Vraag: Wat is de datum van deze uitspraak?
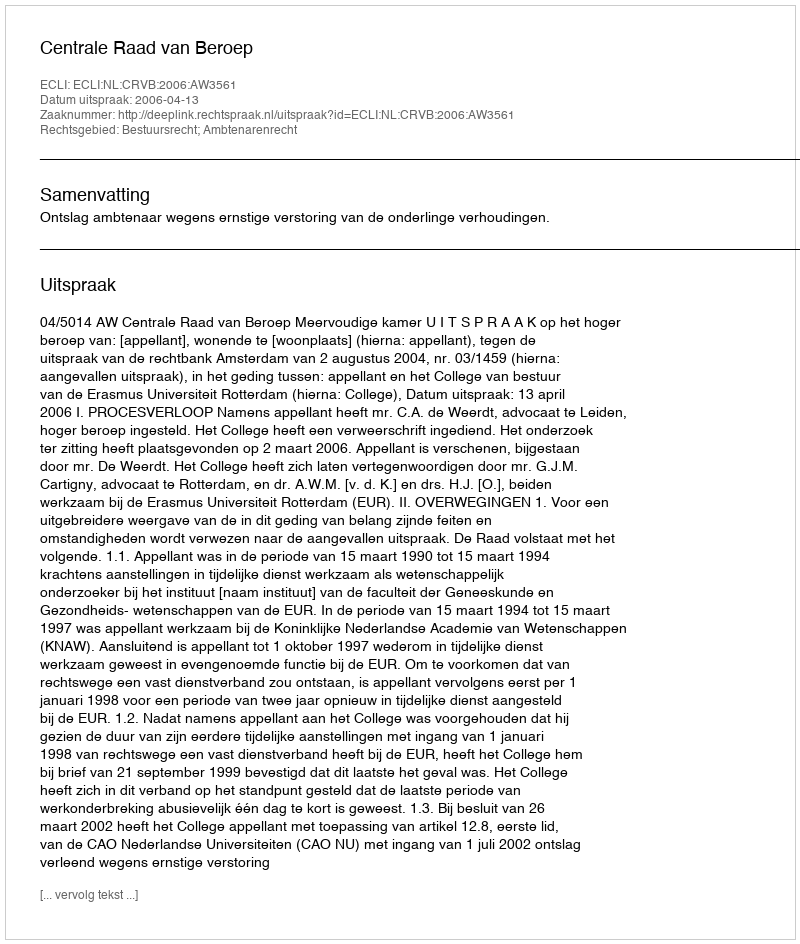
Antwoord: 2006-04-13